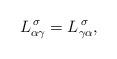
LaTeX: \begin{align*} L^{\:\sigma}_{\alpha\gamma} = L^{\:\sigma}_{\gamma\alpha},\end{align*}